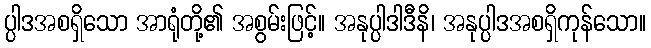
ပ္ပါဒအစရှိသော အာရုံတို့၏ အစွမ်းဖြင့်။ အနုပ္ပါဒါဒီနိ၊ အနုပ္ပါဒအစရှိကုန်သော။